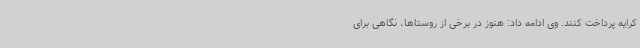
کرایه پرداخت کنند. وی ادامه داد: هنوز در برخی از روستاها، نگاهی برای